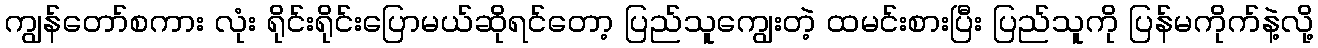
ကျွန်တော်စကား လုံး ရိုင်းရိုင်းပြောမယ်ဆိုရင်တော့ ပြည်သူကျွေးတဲ့ ထမင်းစားပြီး ပြည်သူကို ပြန်မကိုက်နဲ့လို့